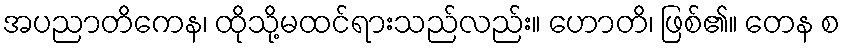
အပညာတိကေန၊ ထိုသို့မထင်ရားသည်လည်း။ ဟောတိ၊ ဖြစ်၏။ တေန စ